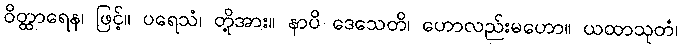
ဝိတ္ထာရေန၊ ဖြင့်။ ပရေသံ၊ တို့အား။ နာပိ ဒေသေတိ၊ ဟောလည်းမဟော။ ယထာသုတံ၊